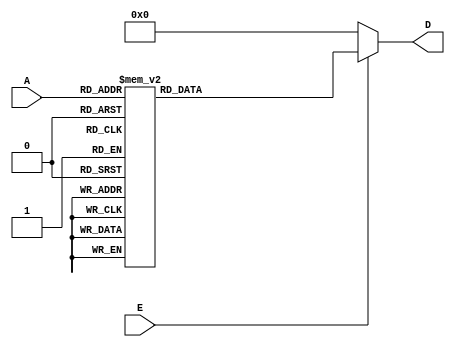
`timescale  100 ps / 10 ps
module Decoder4_16Bus(D, A, E);
    

   output reg[15:0] D;

   input  [3:0] A;
   input  E;
  
      always @ (A or E)
      begin
         if(!E)
           D <= 16'b0000_0000_0000_0000;
        else
        begin
           case(A)
             4'b0000 :  D <= 16'b0000_0000_0000_0001;
             4'b0001 :  D <= 16'b0000_0000_0000_0010;
             4'b0010 :  D <= 16'b0000_0000_0000_0100;
             4'b0011 :  D <= 16'b0000_0000_0000_1000;
             4'b0100 :  D <= 16'b0000_0000_0001_0000;
             4'b0101 :  D <= 16'b0000_0000_0010_0000;
             4'b0110 :  D <= 16'b0000_0000_0100_0000;
             4'b0111 :  D <= 16'b0000_0000_1000_0000;
             4'b1000 :  D <= 16'b0000_0001_0000_0000;
             4'b1001 :  D <= 16'b0000_0010_0000_0000;
             4'b1010 :  D <= 16'b0000_0100_0000_0000;
             4'b1011 :  D <= 16'b0000_1000_0000_0000;
             4'b1100 :  D <= 16'b0001_0000_0000_0000;
             4'b1101 :  D <= 16'b0010_0000_0000_0000;
             4'b1110 :  D <= 16'b0100_0000_0000_0000;
             4'b1111 :  D <= 16'b1000_0000_0000_0000;
          endcase
        end
     end 

endmodule